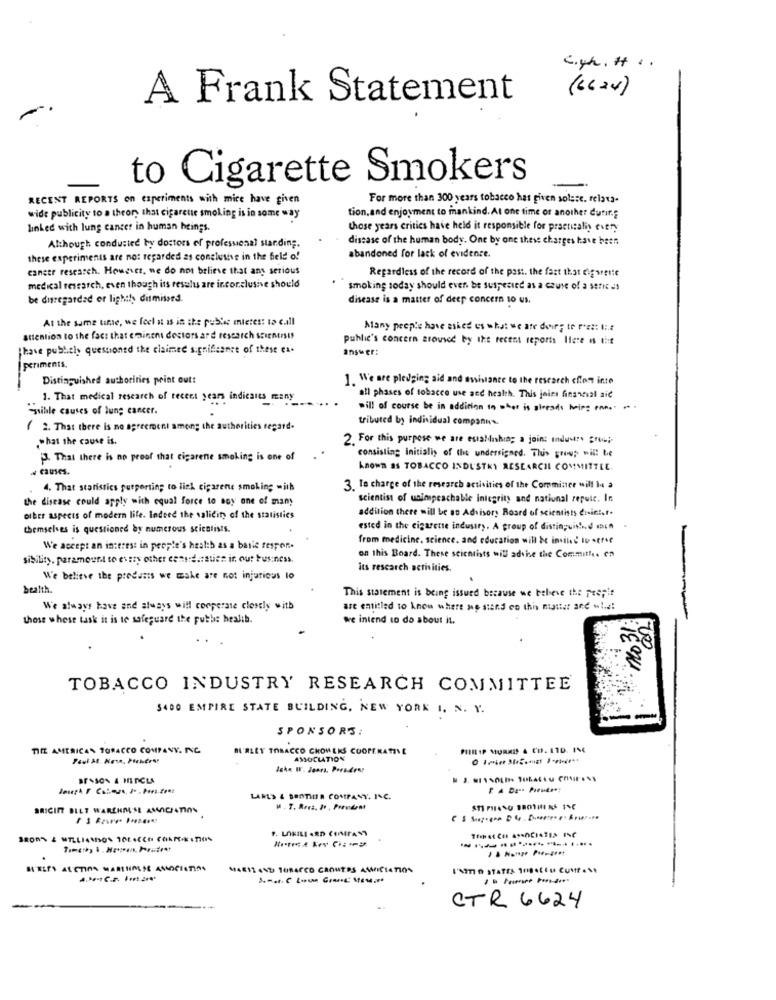
C.yh. H . .
( 6 6 24 )
A Frank Statement
to Cigarette Smokers
RECENT REPORTS on experiments with mice have given
For more than 300 years tobacco has given solese. relata-
wide publicity to a theory that cigarette smoking is in some way
tion, and enjoyment to mankind. At one time of another dutif.g
linked with lung cancer in human beings.
these years critics have held it responsible for practicalis every
disease of the human body. One by one these charges have been
Although conducted by doctors of professional standing.
these experiments are not regarded as conclusive in the field of
abandoned for lack of evidence.
cancer research. However, ne do not believe that any serious
Regardless of the record of the past. the fast that dig verte
medical research, even though its results are inconclusive should
smoking today should even be suspected as a cause of a series
be disregarded or lighth dismissed.
disease is a matter of deep concern so us.
At the same time, we feel it is in the public mietest to call
Many people have asiet us what we are doing to ret: l ;.:
attention to the fact that eminent doctors and research scientists
public's concern aroused by the recent reports Here is the
Ihave publicly questioned the claimed significance of these ex-
answer:
periments.
Distinguished authorities point out:
1. We are pledging aid and assistance to the research chon inte
1. That medical research of recent years indicates many
all phases of tobacco use and health. This joies financial aid
"gible causes of lung cancer.
will of course be in addition in what is already heirs enn ..
tributed by individual companys.
2. That there is no agreement among the authorities regard.
.what the cause is.
2. For this purpose we are establishing a joint industry group
13. That there is no proof that cigarene smoking is one of
consisting initially of the undersigned. This group will be
4 causes.
known as TOBACCO INDUSTRY RESEARCH COMMITTEE.
4. That statistics purporting to liek ciparene smoking with
3. Te charge of the research activities of the Comminer will Is a
the disease could apply with equal force to soy one of many
scientist of unimpeachable integrity and national repute. In
other aspects of modern life. Indeed the validity of the statistics
addition there will be ao Advisory Board of scientists drie !, f.
themselves is questioned by numerous scientists.
ested in the cigarette industry. A group of distinguish, d och
from medicine, science, and education will be invited to serie
We accept an interest in people's health as a baile respon ..
sibility. paramount to every other consideratien it out business.
on this Board. These scientists will advise the Committee en
its rescarch activities.
We believe the products we make are not injurious lo
.
bealth.
This statement is being issued because we believe the pre;it
We always have and always will cooperate closely with
are entitled to know where we stand on this matter and M !. e!
those whose task it is to safeguard the puthe healib.
we intend to do about it.
TOBACCO INDUSTRY RESEARCH COMMITTEE
$400 EMPIRE STATE BUILDING, NEW YORK I. N. Y.
SPONSORS:
TIME AMERICAN TOBACCO COMPANY. INC.
BARLEY TOBACCO CHOM EKS COOPERATIVE
ASSOCIATION
BESSON & MIDCLA
LASLS & BROTHER COMPANY, INC.
SRICINT BILT WARENMESE AMACIATION
STEPHANO BROTHING INC
STEPS ALETIPS WANTHALSE ASOCIATION
M4611 44D TARAFCO CRONERS AMICI
CTR 6624